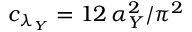
c _ { \lambda _ { Y } } = 1 2 \, \alpha _ { Y } ^ { 2 } / \pi ^ { 2 }